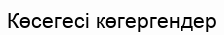
Көсегесі көгергендер